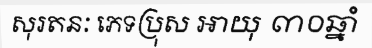
សុរតនៈ ភេទប្រុស អាយុ ៣០ឆ្នាំ